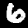
Digit: 6